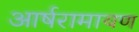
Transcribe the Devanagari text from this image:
आर्षरामायण